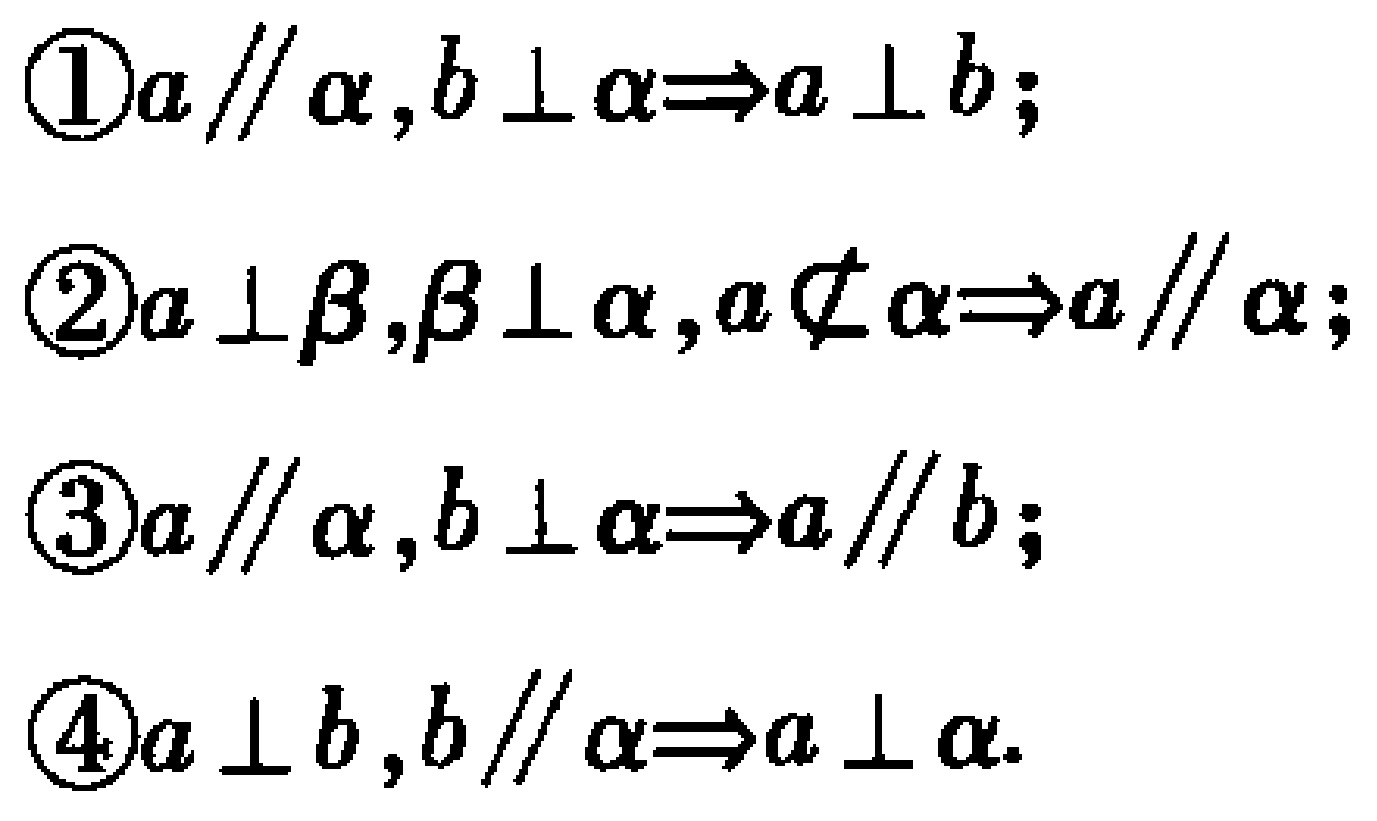
\textcircled{1}$a \parallel \alpha,b \perp \alpha\Rightarrow a \perp b$;
\textcircled{2}$a \perp \beta,\beta \perp \alpha,a\not\subset \alpha\Rightarrow a \parallel \alpha$;
\textcircled{3}$a \parallel \alpha,b \perp \alpha\Rightarrow a \parallel b$;
\textcircled{4}$a \perp b,b \parallel \alpha\Rightarrow a \perp \alpha$.